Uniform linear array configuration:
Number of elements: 24
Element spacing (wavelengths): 0.75
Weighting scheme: binomial
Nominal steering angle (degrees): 45
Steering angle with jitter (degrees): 43.718
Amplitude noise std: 0.05
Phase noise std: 0.05

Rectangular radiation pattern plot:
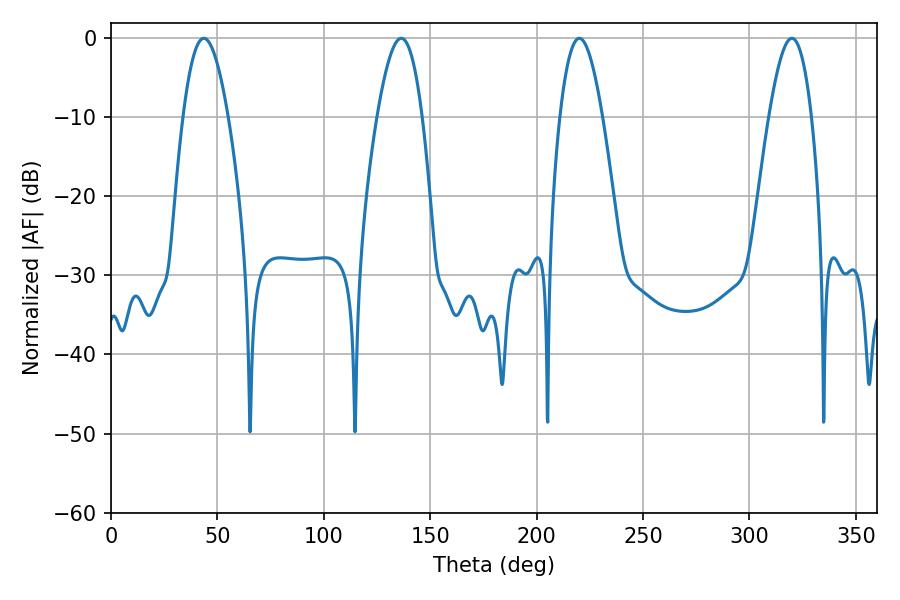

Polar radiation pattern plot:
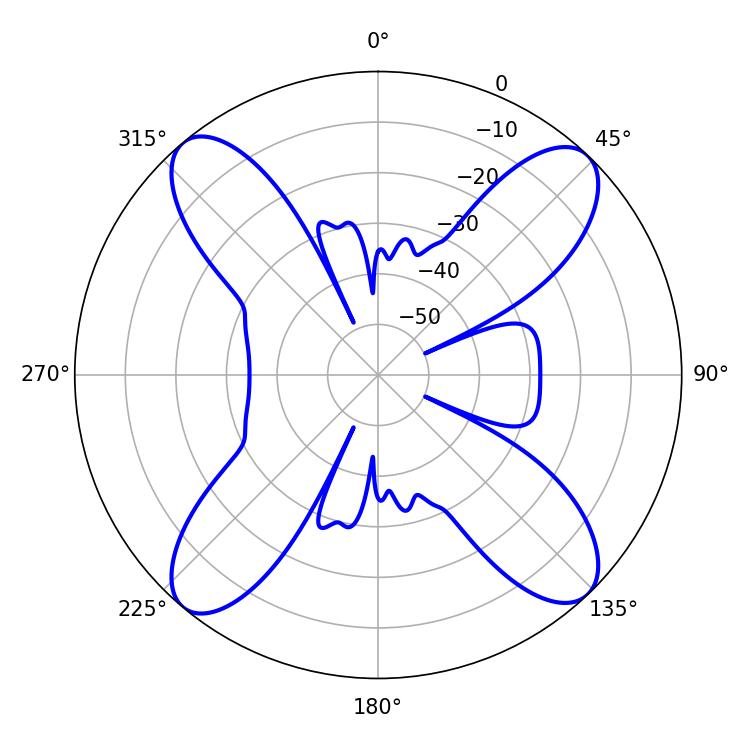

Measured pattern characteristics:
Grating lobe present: TRUE
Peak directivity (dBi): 17.56
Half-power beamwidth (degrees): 11.52
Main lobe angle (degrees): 43.56